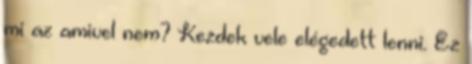
mi az amivel nem? Kezdek vele elégedett lenni. Ez